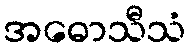
အဓောသီသံ